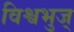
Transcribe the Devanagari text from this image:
विश्वभुज्‌